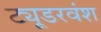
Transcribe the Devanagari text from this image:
ट्यूडरवंश